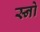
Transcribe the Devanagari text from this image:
स्‍नो